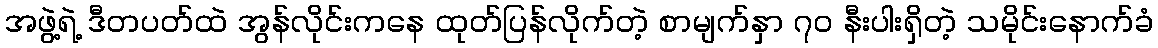
အဖွဲ့ရဲ့ ဒီတပတ်ထဲ အွန်လိုင်းကနေ ထုတ်ပြန်လိုက်တဲ့ စာမျက်နှာ ၇ဝ နီးပါးရှိတဲ့ သမိုင်းနောက်ခံ